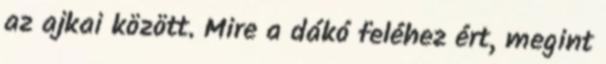
az ajkai között. Mire a dákó feléhez ért, megint